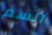
السم